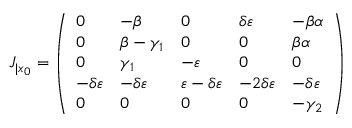
J _ { | x _ { 0 } } = \left( \begin{array} { l l l l l } { 0 } & { - \beta } & { 0 } & { \delta \varepsilon } & { - \beta \alpha } \\ { 0 } & { \beta - \gamma _ { 1 } } & { 0 } & { 0 } & { \beta \alpha } \\ { 0 } & { \gamma _ { 1 } } & { - \varepsilon } & { 0 } & { 0 } \\ { - \delta \varepsilon } & { - \delta \varepsilon } & { \varepsilon - \delta \varepsilon } & { - 2 \delta \varepsilon } & { - \delta \varepsilon } \\ { 0 } & { 0 } & { 0 } & { 0 } & { - \gamma _ { 2 } } \end{array} \right)